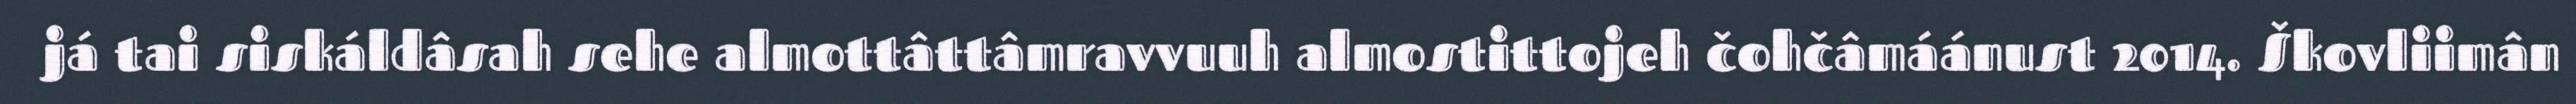
já tai siskáldâsah sehe almottâttâmravvuuh almostittojeh čohčâmáánust 2014. Škovliimân